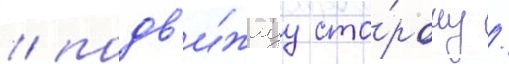
/ подв'и́жнуу сто́рону /